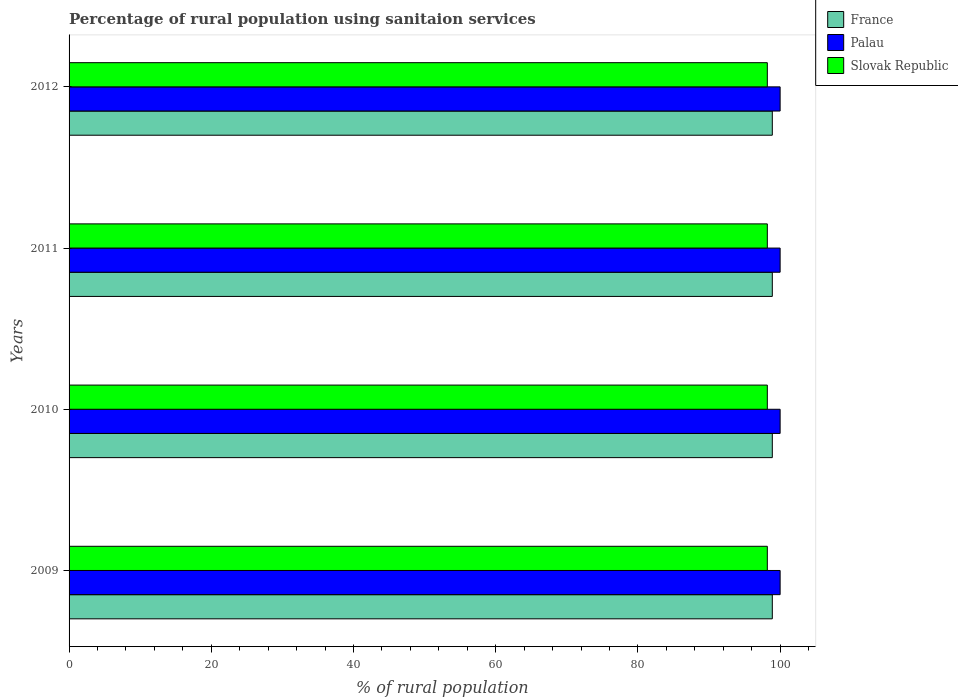
| Years | France | Palau | Slovak Republic |
 | --- | --- | --- | --- |
 | 2009 | 98.9 | 100 | 98.2 |
 | 2010 | 98.9 | 100 | 98.2 |
 | 2011 | 98.9 | 100 | 98.2 |
 | 2012 | 98.9 | 100 | 98.2 |